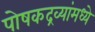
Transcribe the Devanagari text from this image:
पोषकद्रव्यांमध्ये